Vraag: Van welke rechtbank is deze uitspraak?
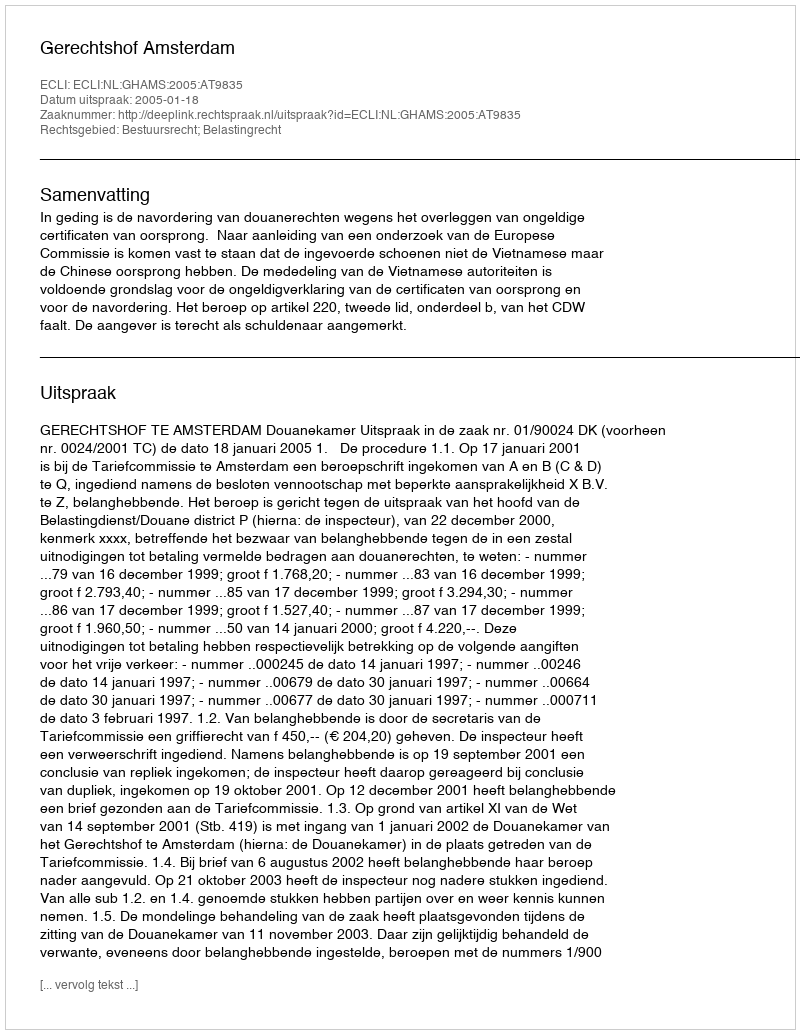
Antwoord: Gerechtshof Amsterdam